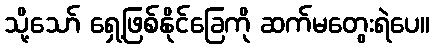
သို့သော် ရှေ့ဖြစ်နိုင်ခြေကို ဆက်မတွေးရဲပေ။